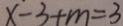
x - 3 + m = 3